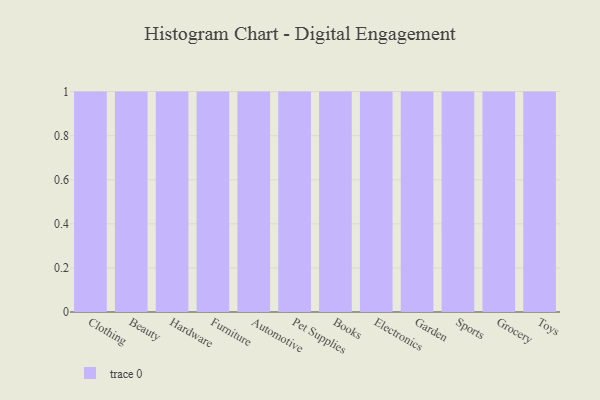
{"axis": {"x": "Category", "y": "Headcount"}, "legend": [""], "data": [{"x": "Clothing", "y": 11, "type": ""}, {"x": "Beauty", "y": 89, "type": ""}, {"x": "Hardware", "y": 20, "type": ""}, {"x": "Furniture", "y": 56, "type": ""}, {"x": "Automotive", "y": 27, "type": ""}, {"x": "Pet Supplies", "y": 20, "type": ""}, {"x": "Books", "y": 61, "type": ""}, {"x": "Electronics", "y": 42, "type": ""}, {"x": "Garden", "y": 91, "type": ""}, {"x": "Sports", "y": 18, "type": ""}, {"x": "Grocery", "y": 55, "type": ""}, {"x": "Toys", "y": 34, "type": ""}]}